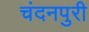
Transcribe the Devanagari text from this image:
चंदनपुरी